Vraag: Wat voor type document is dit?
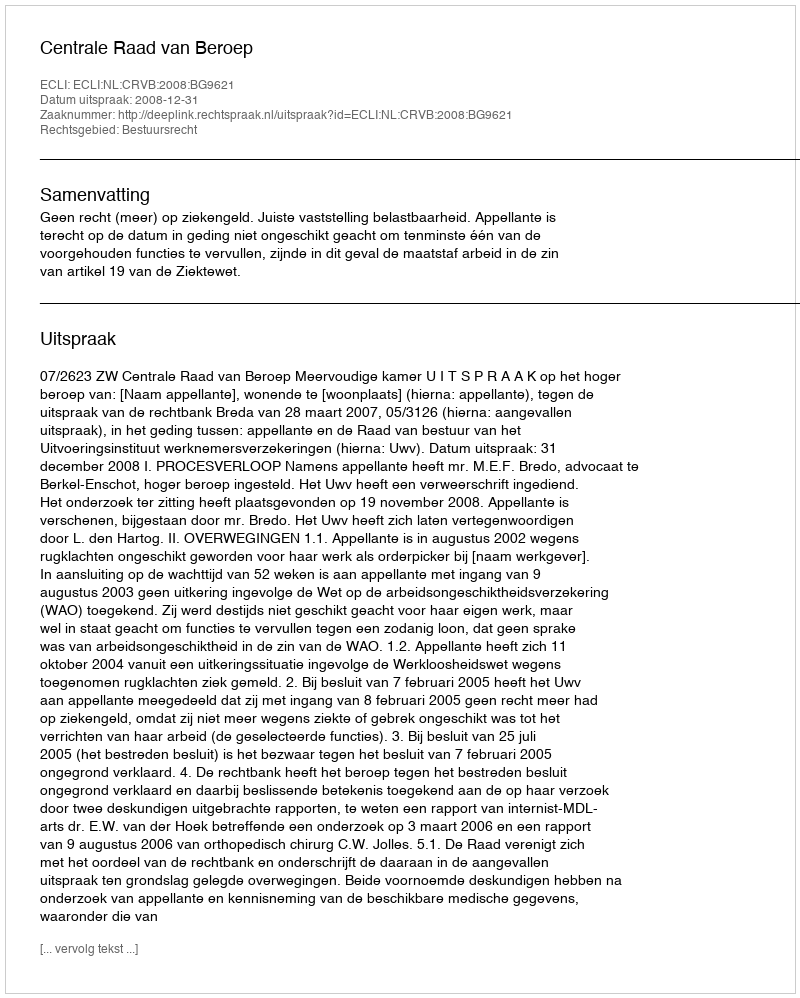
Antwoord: Uitspraak